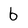
Character: b